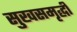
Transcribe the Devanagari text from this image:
सुखसमृद्धी